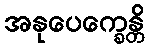
အနုပေက္ခေန္တိ